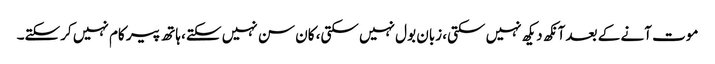
موت آنے کے بعد آنکھ دیکھ نہیں سکتی، زبان بول نہیں سکتی، کان سن نہیں سکتے، ہاتھ پیر کام نہیں کرسکتے۔